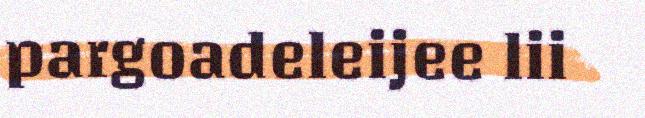
pargoadeleijee lii